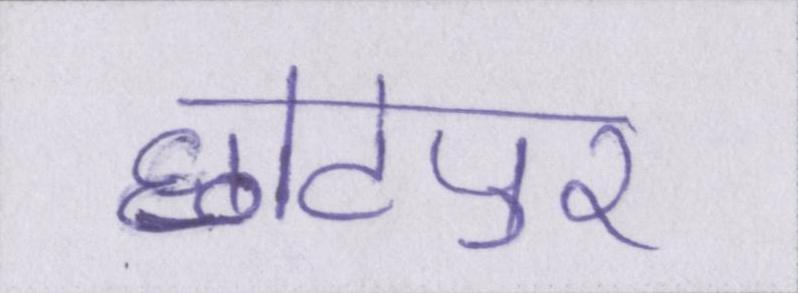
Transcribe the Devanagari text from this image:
छोटेपुर